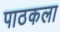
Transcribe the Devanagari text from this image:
पाठकला